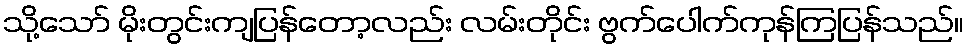
သို့သော် မိုးတွင်းကျပြန်တော့လည်း လမ်းတိုင်း ဗွက်ပေါက်ကုန်ကြပြန်သည်။